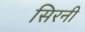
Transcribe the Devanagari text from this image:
सिरनी